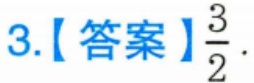
3.【答案】\(\frac{3}{2}\).